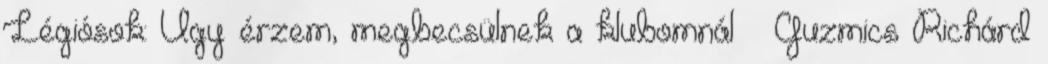
Légiósok: Úgy érzem, megbecsülnek a klubomnál – Guzmics Richárd